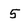
Character: 5